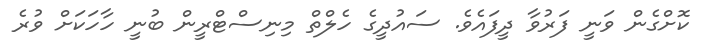
ކޮށްގެން ވަނީ ފަރުވާ ދީފައެވެ. ސައުދީގެ ހެލްތް މިނިސްޓްރީން ބުނީ ހާހަކަށް ވުރެ